Civil Veterinary Dept. North-West Frontier Province 1923-32 - 1923-1932
Year: 1923
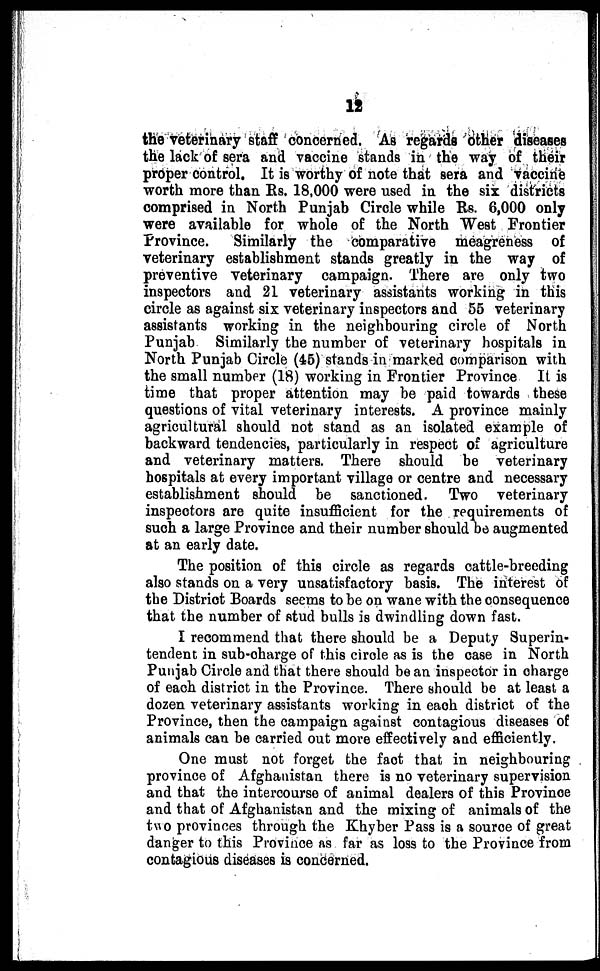
12
the veterinary staff concerned. As regards other diseases
the lack of sera and vaccine stands in the way of their
proper control. It is worthy of note that sera and vaccine
worth more than Rs. 18,000 were used in the six districts
comprised in North Punjab Circle while Rs. 6,000 only
were available for whole of the North West Frontier
Province.
Similarly the comparative meagreness of
veterinary establishment stands greatly in the way of
preventive veterinary campaign. There are only two
inspectors and 21 veterinary assistants working in this
circle as against six veterinary inspectors and 55 veterinary
assistants working in the neighbouring circle of North
Punjab Similarly the number of veterinary hospitals in
North Punjab Circle (45) stands in marked comparison with
the small number (18) working in Frontier Province It is
time that proper attention may be paid towards these
questions of vital veterinary interests. A province mainly
agricultural should not stand as an isolated example of
backward tendencies, particularly in respect of agriculture
and veterinary matters. There should be veterinary
hospitals at every important village or centre and necessary
establishment should be sanctioned. Two veterinary
inspectors are quite insufficient for the requirements of
such a large Province and their number should be augmented
at an early date.
The position of this circle as regards cattle-breeding
also stands on a very unsatisfactory basis. The interest of
the District Boards seems to be on wane with the consequence
that the number of stud bulls is dwindling down fast.
I recommend that there should be a Deputy Superin-
tendent in sub-charge of this circle as is the case in North
Punjab Circle and that there should bean inspector in charge
of each district in the Province. There should be at least a
dozen veterinary assistants working in each district of the
Province, then the campaign against contagious diseases of
animals can be carried out more effectively and efficiently.
One must not forget the fact that in neighbouring
province of Afghanistan there is no veterinary supervision
and that the intercourse of animal dealers of this Province
and that of Afghanistan and the mixing of animals of the
two provinces through the Khyber Pass is a source of great
danger to this Province as far as loss to the Province from
contagious diseases is concerned.